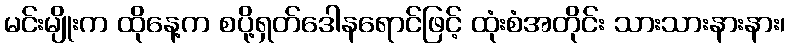
မင်းမျိုးက ထိုနေ့က စပို့ရှတ်ဒေါနရောင်ဖြင့် ထုံးစံအတိုင်း သားသားနားနား၊